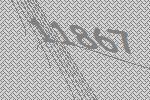
11867